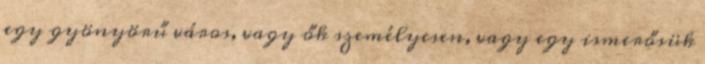
egy gyönyörű város, vagy ők személyesen, vagy egy ismerősük